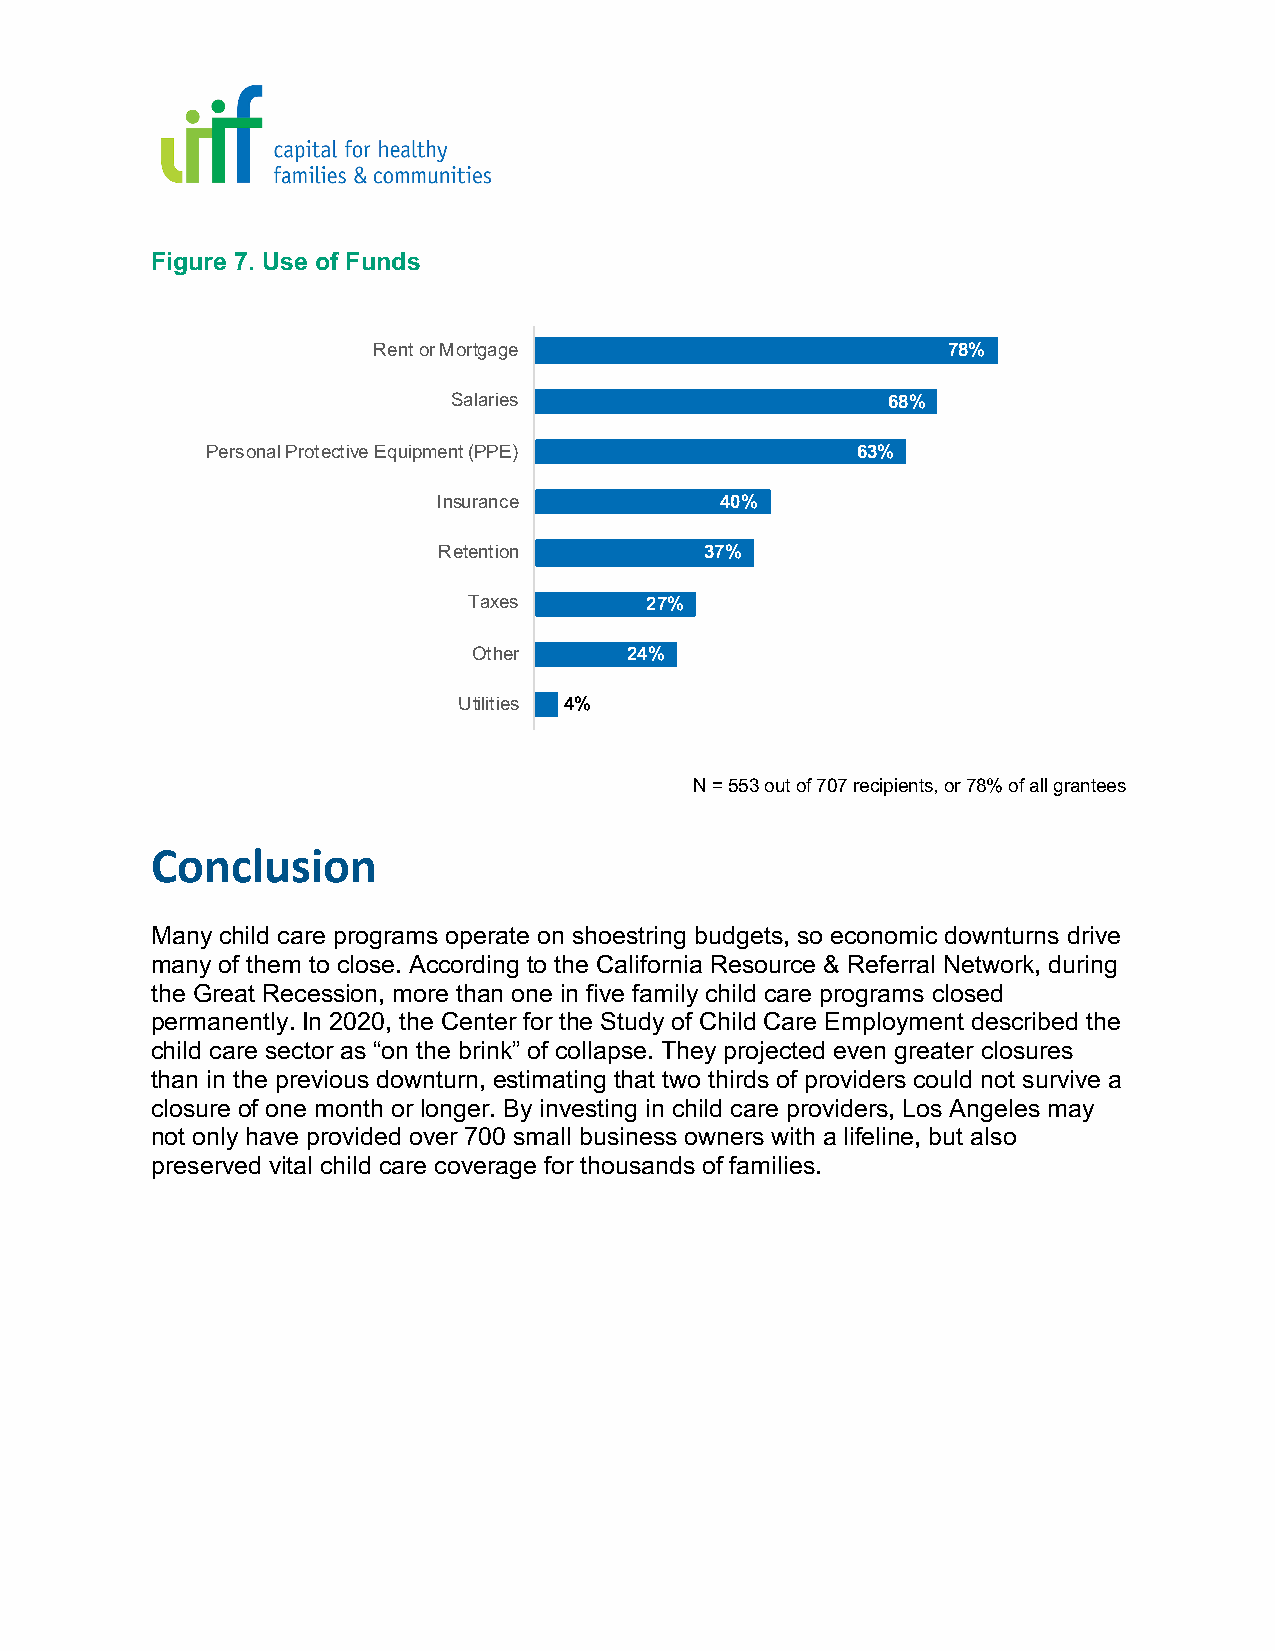
Figure 7. Use of Funds
 Rent or Mortgage                      78%
 Salaries                     68%
 Personal Protective Equipment (PPE)        63%
 Insurance          40%
 Retention         37%
 Taxes       27%
 Other     24%
 Utilities 4%
 N = 553 out of 707 recipients, or 78% of all grantees
 Conclusion
 Many child care programs operate on shoestring budgets, so economic downturns drive
 many of them to close. According to the California Resource & Referral Network, during
 the Great Recession, more than one in five family child care programs closed
 permanently. In 2020, the Center for the Study of Child Care Employment described the
 child care sector as “on the brink” of collapse. They projected even greater closures
 than in the previous downturn, estimating that two thirds of providers could not survive a
 closure of one month or longer. By investing in child care providers, Los Angeles may
 not only have provided over 700 small business owners with a lifeline, but also
 preserved vital child care coverage for thousands of families.